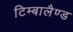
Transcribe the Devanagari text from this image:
टिम्बालैण्ड